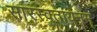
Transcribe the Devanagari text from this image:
सारस्वतायनम्